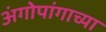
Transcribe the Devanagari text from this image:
अंगोपांगाच्या